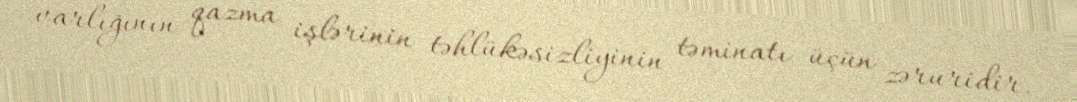
varlığının qazma işlərinin təhlükəsizliyinin təminatı üçün zəruridir.